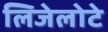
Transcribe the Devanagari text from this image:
लिजेलोटे